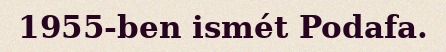
1955-ben ismét Podafa.